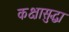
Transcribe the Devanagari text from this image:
कक्षासुद्धा